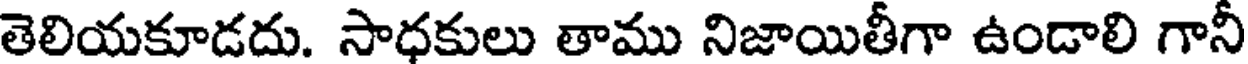
తెలియకూడదు. సాధకులు తాము నిజాయితీగా ఉండాలి గానీ